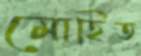
মোহিত